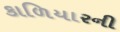
કાળિયારની